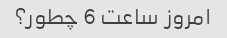
امروز ساعت 6 چطور؟